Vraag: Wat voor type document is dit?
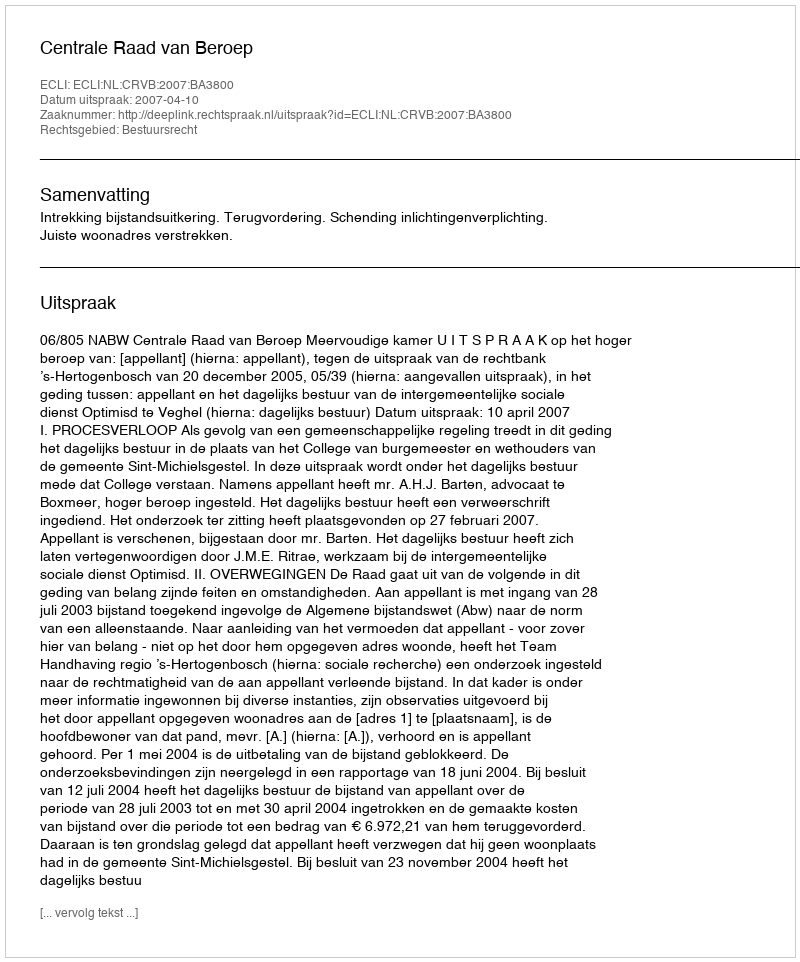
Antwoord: Uitspraak